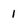
Character: 1